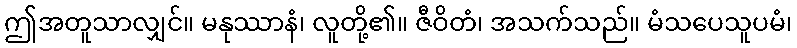
ဤအတူသာလျှင်။ မနုဿာနံ၊ လူတို့၏။ ဇီဝိတံ၊ အသက်သည်။ မံသပေသူပမံ၊